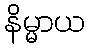
နိမ္မာယ